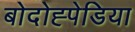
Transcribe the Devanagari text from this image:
बोदोह्पेडिया